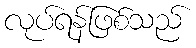
လုပ်ရန်ဖြစ်သည်